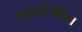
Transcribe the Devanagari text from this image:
फ्यूकोज़ैथिन